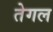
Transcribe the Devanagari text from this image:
तेगल